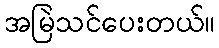
အမြဲသင်ပေးတယ်။